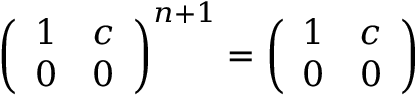
\left( { \begin{array} { c c } { 1 } & { c } \\ { 0 } & { 0 } \end{array} } \right) ^ { n + 1 } = \left( { \begin{array} { c c } { 1 } & { c } \\ { 0 } & { 0 } \end{array} } \right)